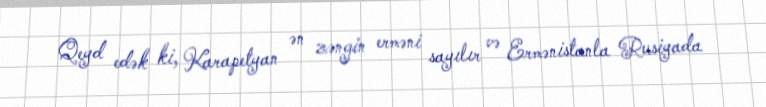
Qeyd edək ki, Karapetyan ən zəngin erməni sayılır və Ermənistanla Rusiyada